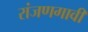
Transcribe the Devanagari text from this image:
रांजणगावी